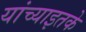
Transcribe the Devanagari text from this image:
यांच्याइतके